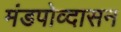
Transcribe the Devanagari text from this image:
मंडपोव्दासन